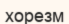
хорезм